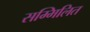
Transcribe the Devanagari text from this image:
सम्मिलित